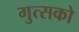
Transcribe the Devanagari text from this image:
गुत्सको